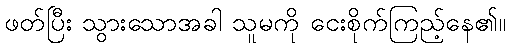
ဖတ်ပြီး သွားသောအခါ သူမကို ငေးစိုက်ကြည့်နေ၏။